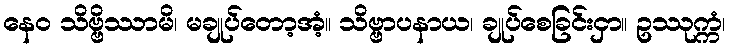
နေဝ သိဗ္ဗိဿာမိ၊ မချုပ်တော့အံ့။ သိဗ္ဗာပနာယ၊ ချုပ်စေခြင်းငှာ။ ဥဿုက္ကံ၊